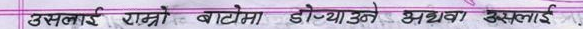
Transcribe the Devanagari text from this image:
उनलाई राम्रो बाटो डोऱ्याउने अथवा उनलाई